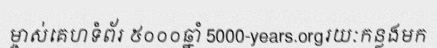
ម្ចាស់គេហទំព័រ ៥០០០ឆ្នាំ 5000-years.orgរយៈកន្លងមក